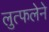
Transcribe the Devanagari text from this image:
लुत्फलेने